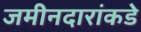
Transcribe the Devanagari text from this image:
जमीनदारांकडे